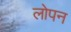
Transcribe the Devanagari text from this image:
लोपन